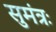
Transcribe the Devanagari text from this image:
सुमंत्रः